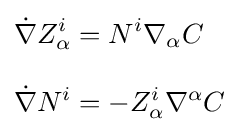
{\begin{aligned}{\dot {\nabla }}Z_{\alpha }^{i}&=N^{i}\nabla _{\alpha }C\\[8pt]{\dot {\nabla }}N^{i}&=-Z_{\alpha }^{i}\nabla ^{\alpha }C\end{aligned}}